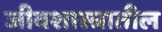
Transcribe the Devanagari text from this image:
जीवशास्त्रातील